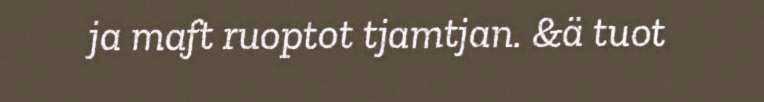
ja maft ruoptot tjamtjan. &ä tuot